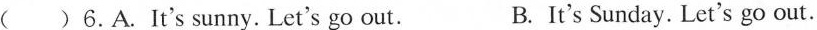
( )6.A.It's sunny. Let's go out. B. It's Sunday. Let's go out.